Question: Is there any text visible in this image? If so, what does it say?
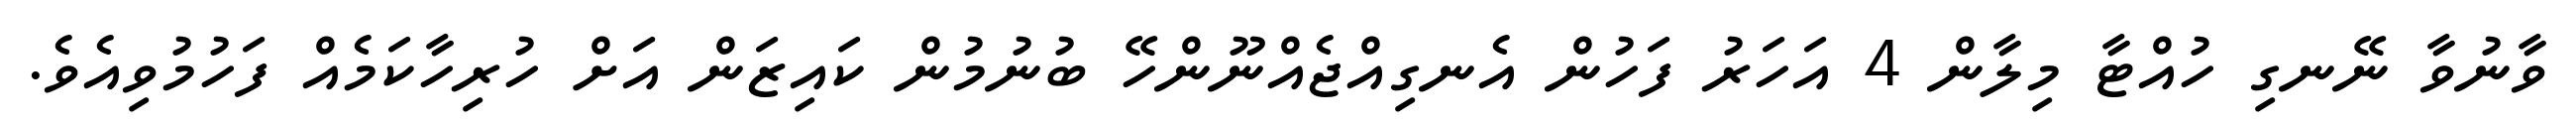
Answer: ވާނުވާ ނޭނގި ހުއްޓާ މިލާން 4 އަހަރު ފަހުން އެނގިއްޖެއްނޫންހޭ ބުނުމުން ކައިޒަން އަށް ހުރިހާކަމެއް ފަހުމުވިއެވެ.